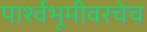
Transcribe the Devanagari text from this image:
पार्श्वभूमीवरचेच